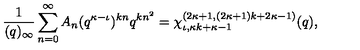
\frac { 1 } { ( q ) _ { \infty } } \sum _ { n = 0 } ^ { \infty } A _ { n } ( q ^ { \kappa - \iota } ) ^ { k n } q ^ { k n ^ { 2 } } = \chi _ { \iota , \kappa k + \kappa - 1 } ^ { ( 2 \kappa + 1 , ( 2 \kappa + 1 ) k + 2 \kappa - 1 ) } ( q ) ,